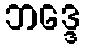
ဘဒ္ဒေ